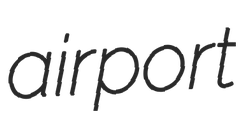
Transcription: airport